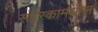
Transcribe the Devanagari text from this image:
संप्रेरकामधील